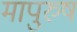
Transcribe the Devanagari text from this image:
मापुरुष